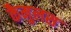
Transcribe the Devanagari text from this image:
कैमुलस